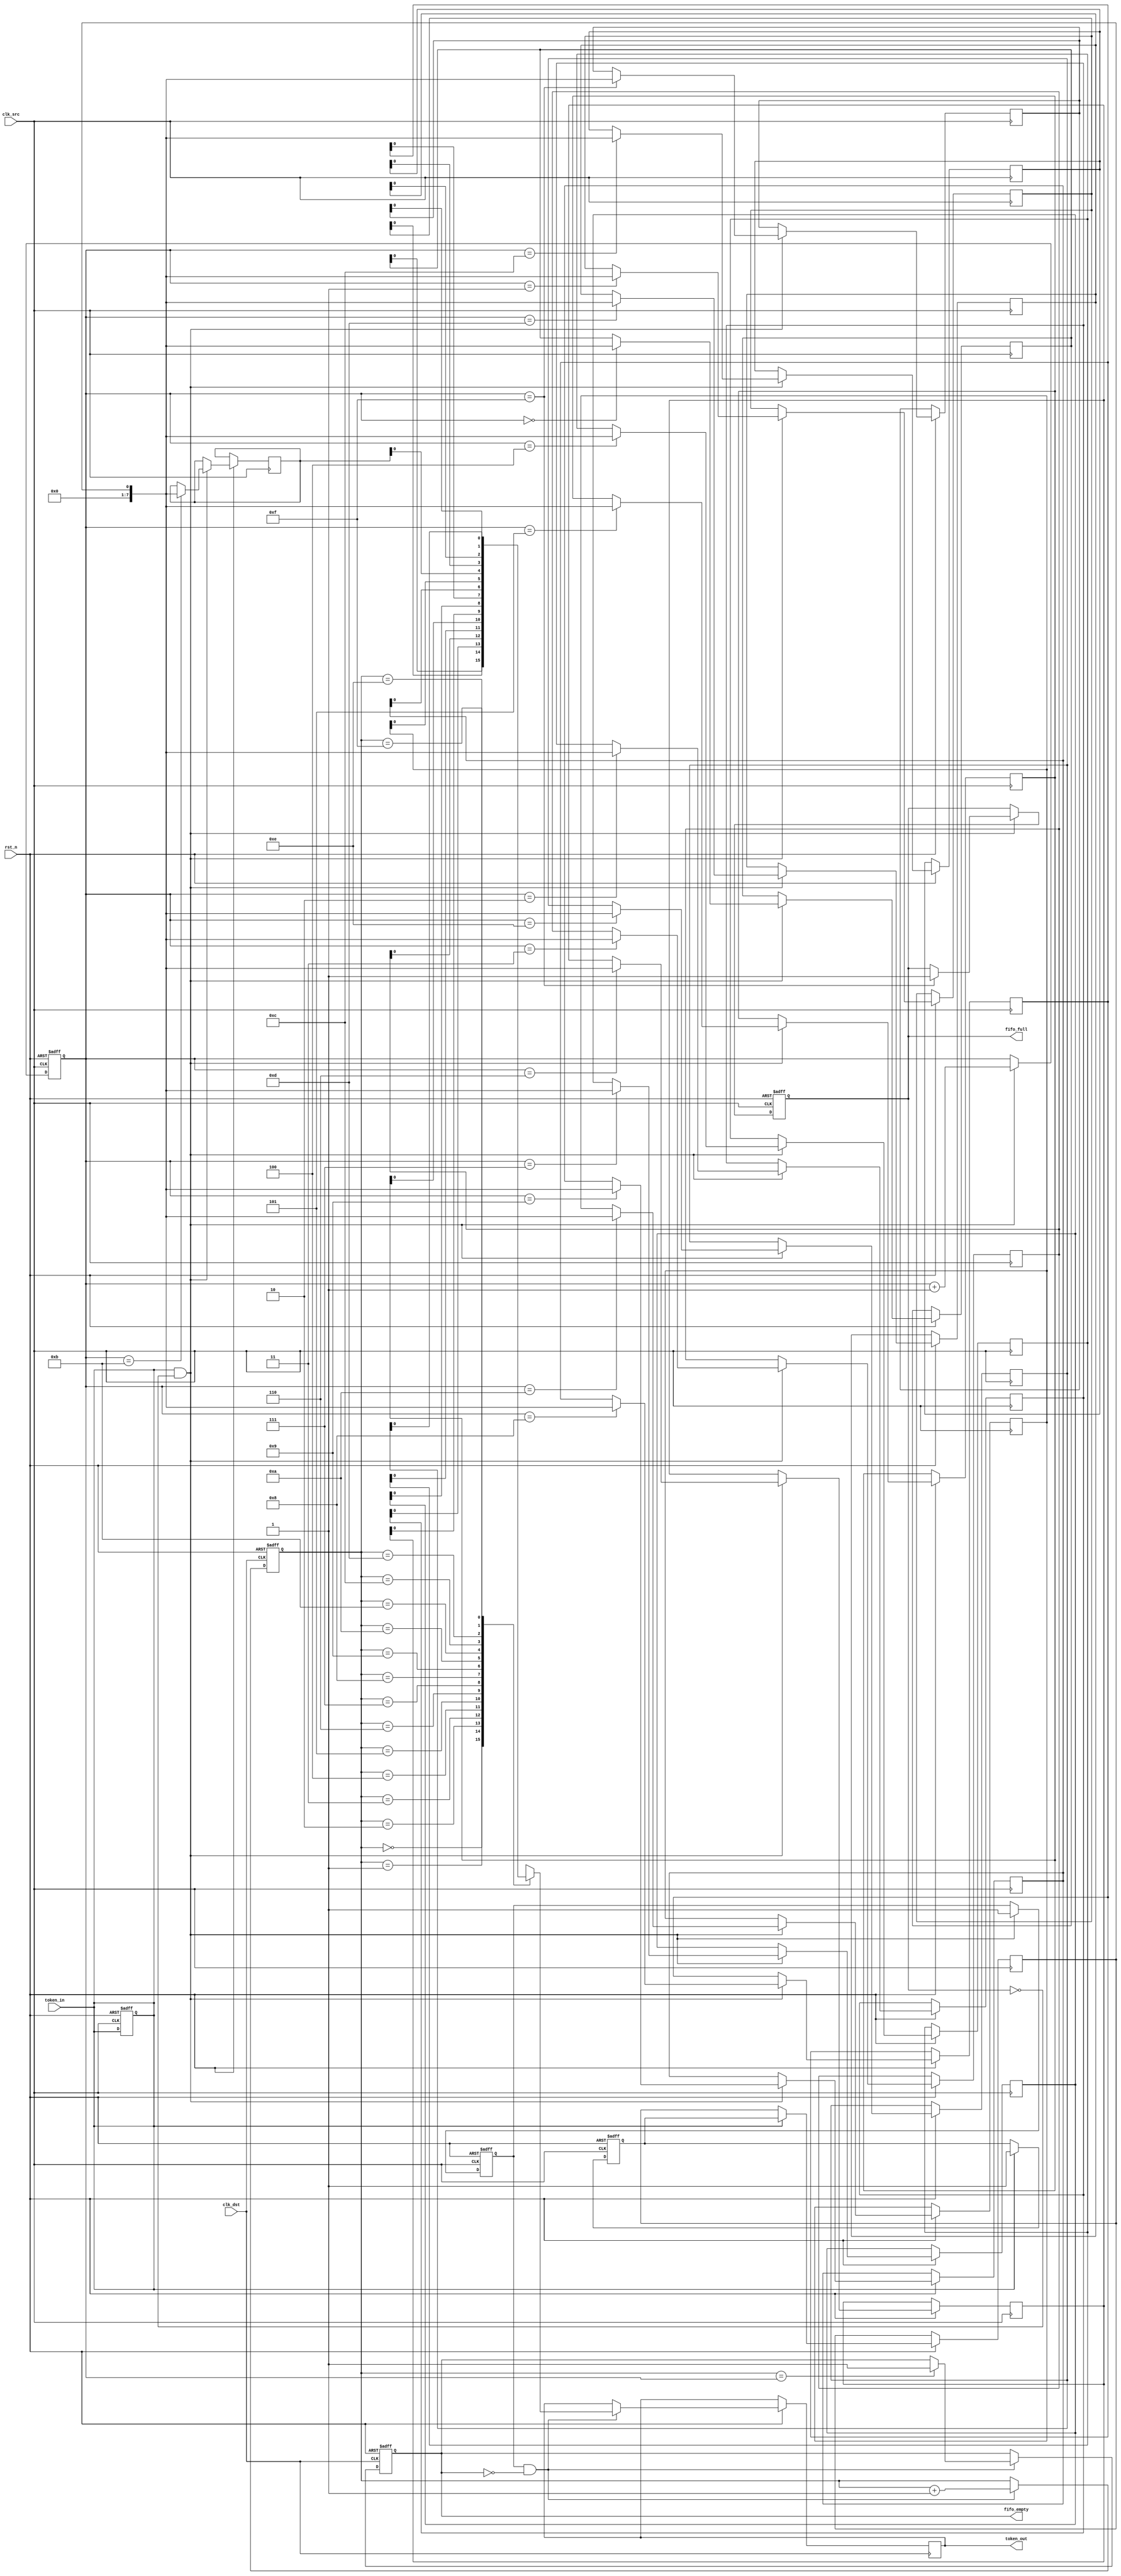
module token_ring_synchronizer #(
    parameter WIDTH = 8,   // Width of the token/data signal
    parameter FIFO_DEPTH = 16 // Depth of the FIFO
) (
    input wire clk_src,              // Source clock
    input wire clk_dst,              // Destination clock
    input wire rst_n,                // Active low reset
    input wire token_in,             // Token signal input
    output wire token_out,           // Token signal output
    output wire fifo_empty,          // FIFO empty flag
    output wire fifo_full            // FIFO full flag
);
    // Internal signal declarations
    reg [WIDTH-1:0] fifo [0:FIFO_DEPTH-1]; // FIFO memory
    reg [3:0] write_ptr, read_ptr;  // Write and read pointers
    reg fifo_full_reg, fifo_empty_reg;
    reg token_reg, token_d, token_gray; // Registered token and gray code
    reg token_valid;                 // Valid signal for handshaking
    wire token_ready;                // Ready signal for the destination domain

    // Gray code encoding
    function [WIDTH-1:0] to_gray(input [WIDTH-1:0] bin);
        begin
            to_gray = bin ^ (bin >> 1);
        end
    endfunction

    // FIFO write process in source clock domain
    always @(posedge clk_src or negedge rst_n) begin
        if (!rst_n) begin
            write_ptr <= 0;
            fifo_full_reg <= 0;
            token_valid <= 0;
            token_in = 0;
        end else begin
            if (token_in && !fifo_full_reg) begin
                fifo[write_ptr] <= token_gray;
                write_ptr <= write_ptr + 1;
                if (write_ptr == FIFO_DEPTH - 1)
                    fifo_full_reg <= 1; // FIFO is full
                token_valid <= 1; // Token is valid
            end
        end
    end

    // FIFO read process in destination clock domain
    always @(posedge clk_dst or negedge rst_n) begin
        if (!rst_n) begin
            read_ptr <= 0;
            fifo_empty_reg <= 1;
        end else begin
            // Read token if valid
            if (token_valid && !fifo_empty_reg) begin
                token_out <= fifo[read_ptr];
                read_ptr <= read_ptr + 1;
                if (read_ptr == write_ptr)
                    fifo_empty_reg <= 1; // FIFO is empty
            end
        end
    end

    // Token state management
    always @(posedge clk_src or negedge rst_n) begin
        if (!rst_n) begin
            token_reg <= 0;
        end else if (token_in) begin
            token_reg <= token_in; // Capture token signal
            token_gray <= to_gray(token_reg); // Convert to Gray code
        end
    end

    // Status output logic
    assign fifo_full = fifo_full_reg;
    assign fifo_empty = fifo_empty_reg;

    // Ready signal for handshaking
    assign token_ready = !fifo_empty;

endmodule